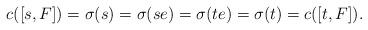
LaTeX: \begin{align*}c([s, F]) = \sigma(s) = \sigma(se) = \sigma(te) = \sigma(t) = c([t, F]).\end{align*}